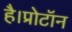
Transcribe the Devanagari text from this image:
है।प्रोटॉन